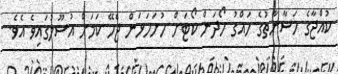
ކުއްޖާގެ ހަޟާނާތުގެ ހައްގު ހޯދަން ކޯޓަށް ހުށަހަޅަން ޖެހޭ ކަމަށް އުސޫލުގައިވެ އެވެ.